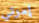
إمرتي